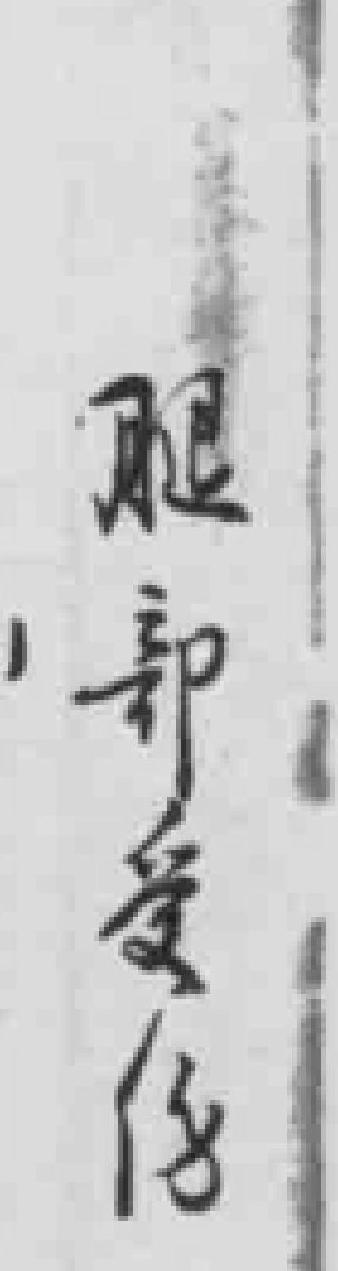
腿部受伤